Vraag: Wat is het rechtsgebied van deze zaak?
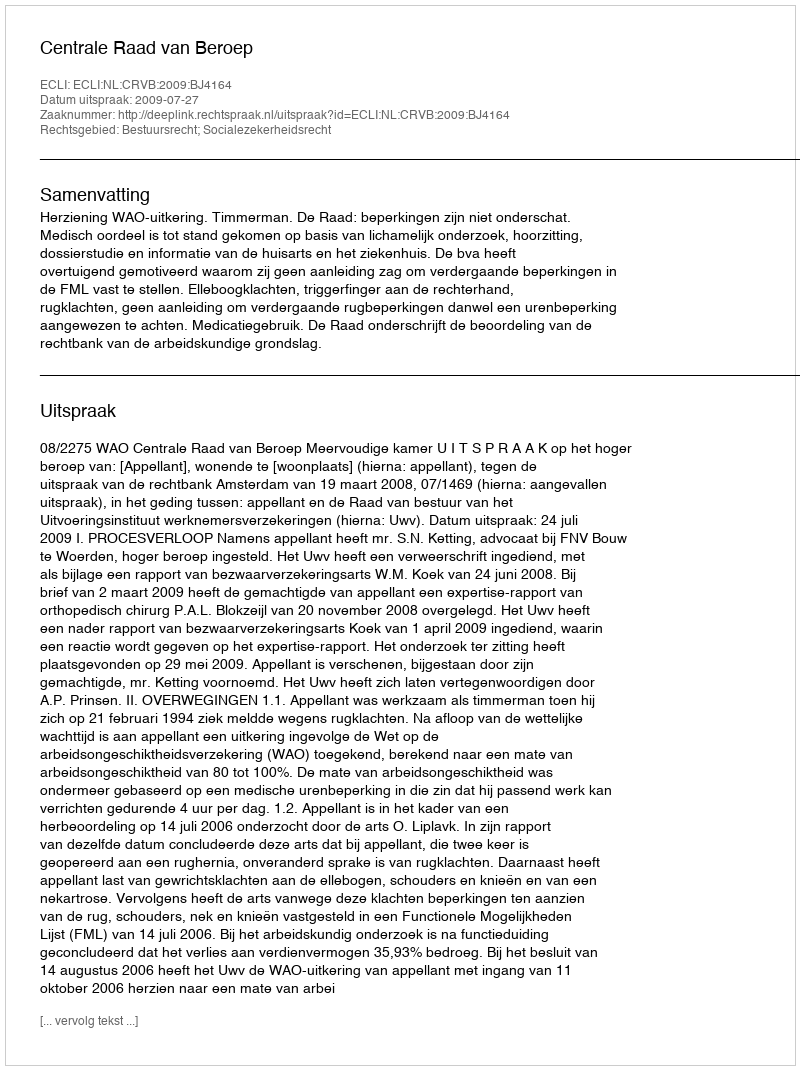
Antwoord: Bestuursrecht; Socialezekerheidsrecht